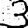
Digit: 3